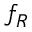
f _ { R }